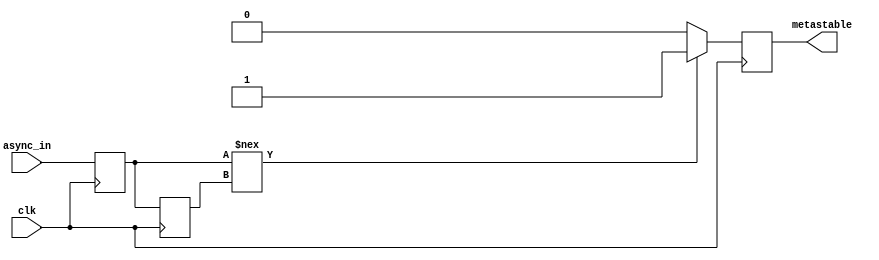
module metastability_detector (
    input wire clk,          // Clock signal
    input wire async_in,     // Asynchronous input signal
    output reg metastable     // Metastability output signal
);

    // Internal signals for the flip-flops
    reg ff1, ff2;

    // Flip-flop 1: samples the asynchronous input
    always @(posedge clk) begin
        ff1 <= async_in;
    end

    // Flip-flop 2: samples the output of the first flip-flop
    always @(posedge clk) begin
        ff2 <= ff1;
    end

    // Metastability detection logic
    always @(posedge clk) begin
        // Check if ff1 has changed state between clock edges
        if (ff1 !== ff2) begin
            metastable <= 1'b1; // Metastability detected
        end else begin
            metastable <= 1'b0; // No metastability
        end
    end

endmodule